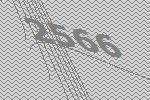
2566